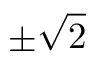
\pm \sqrt { 2 }